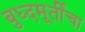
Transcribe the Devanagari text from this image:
बुध्दमूर्तीचा